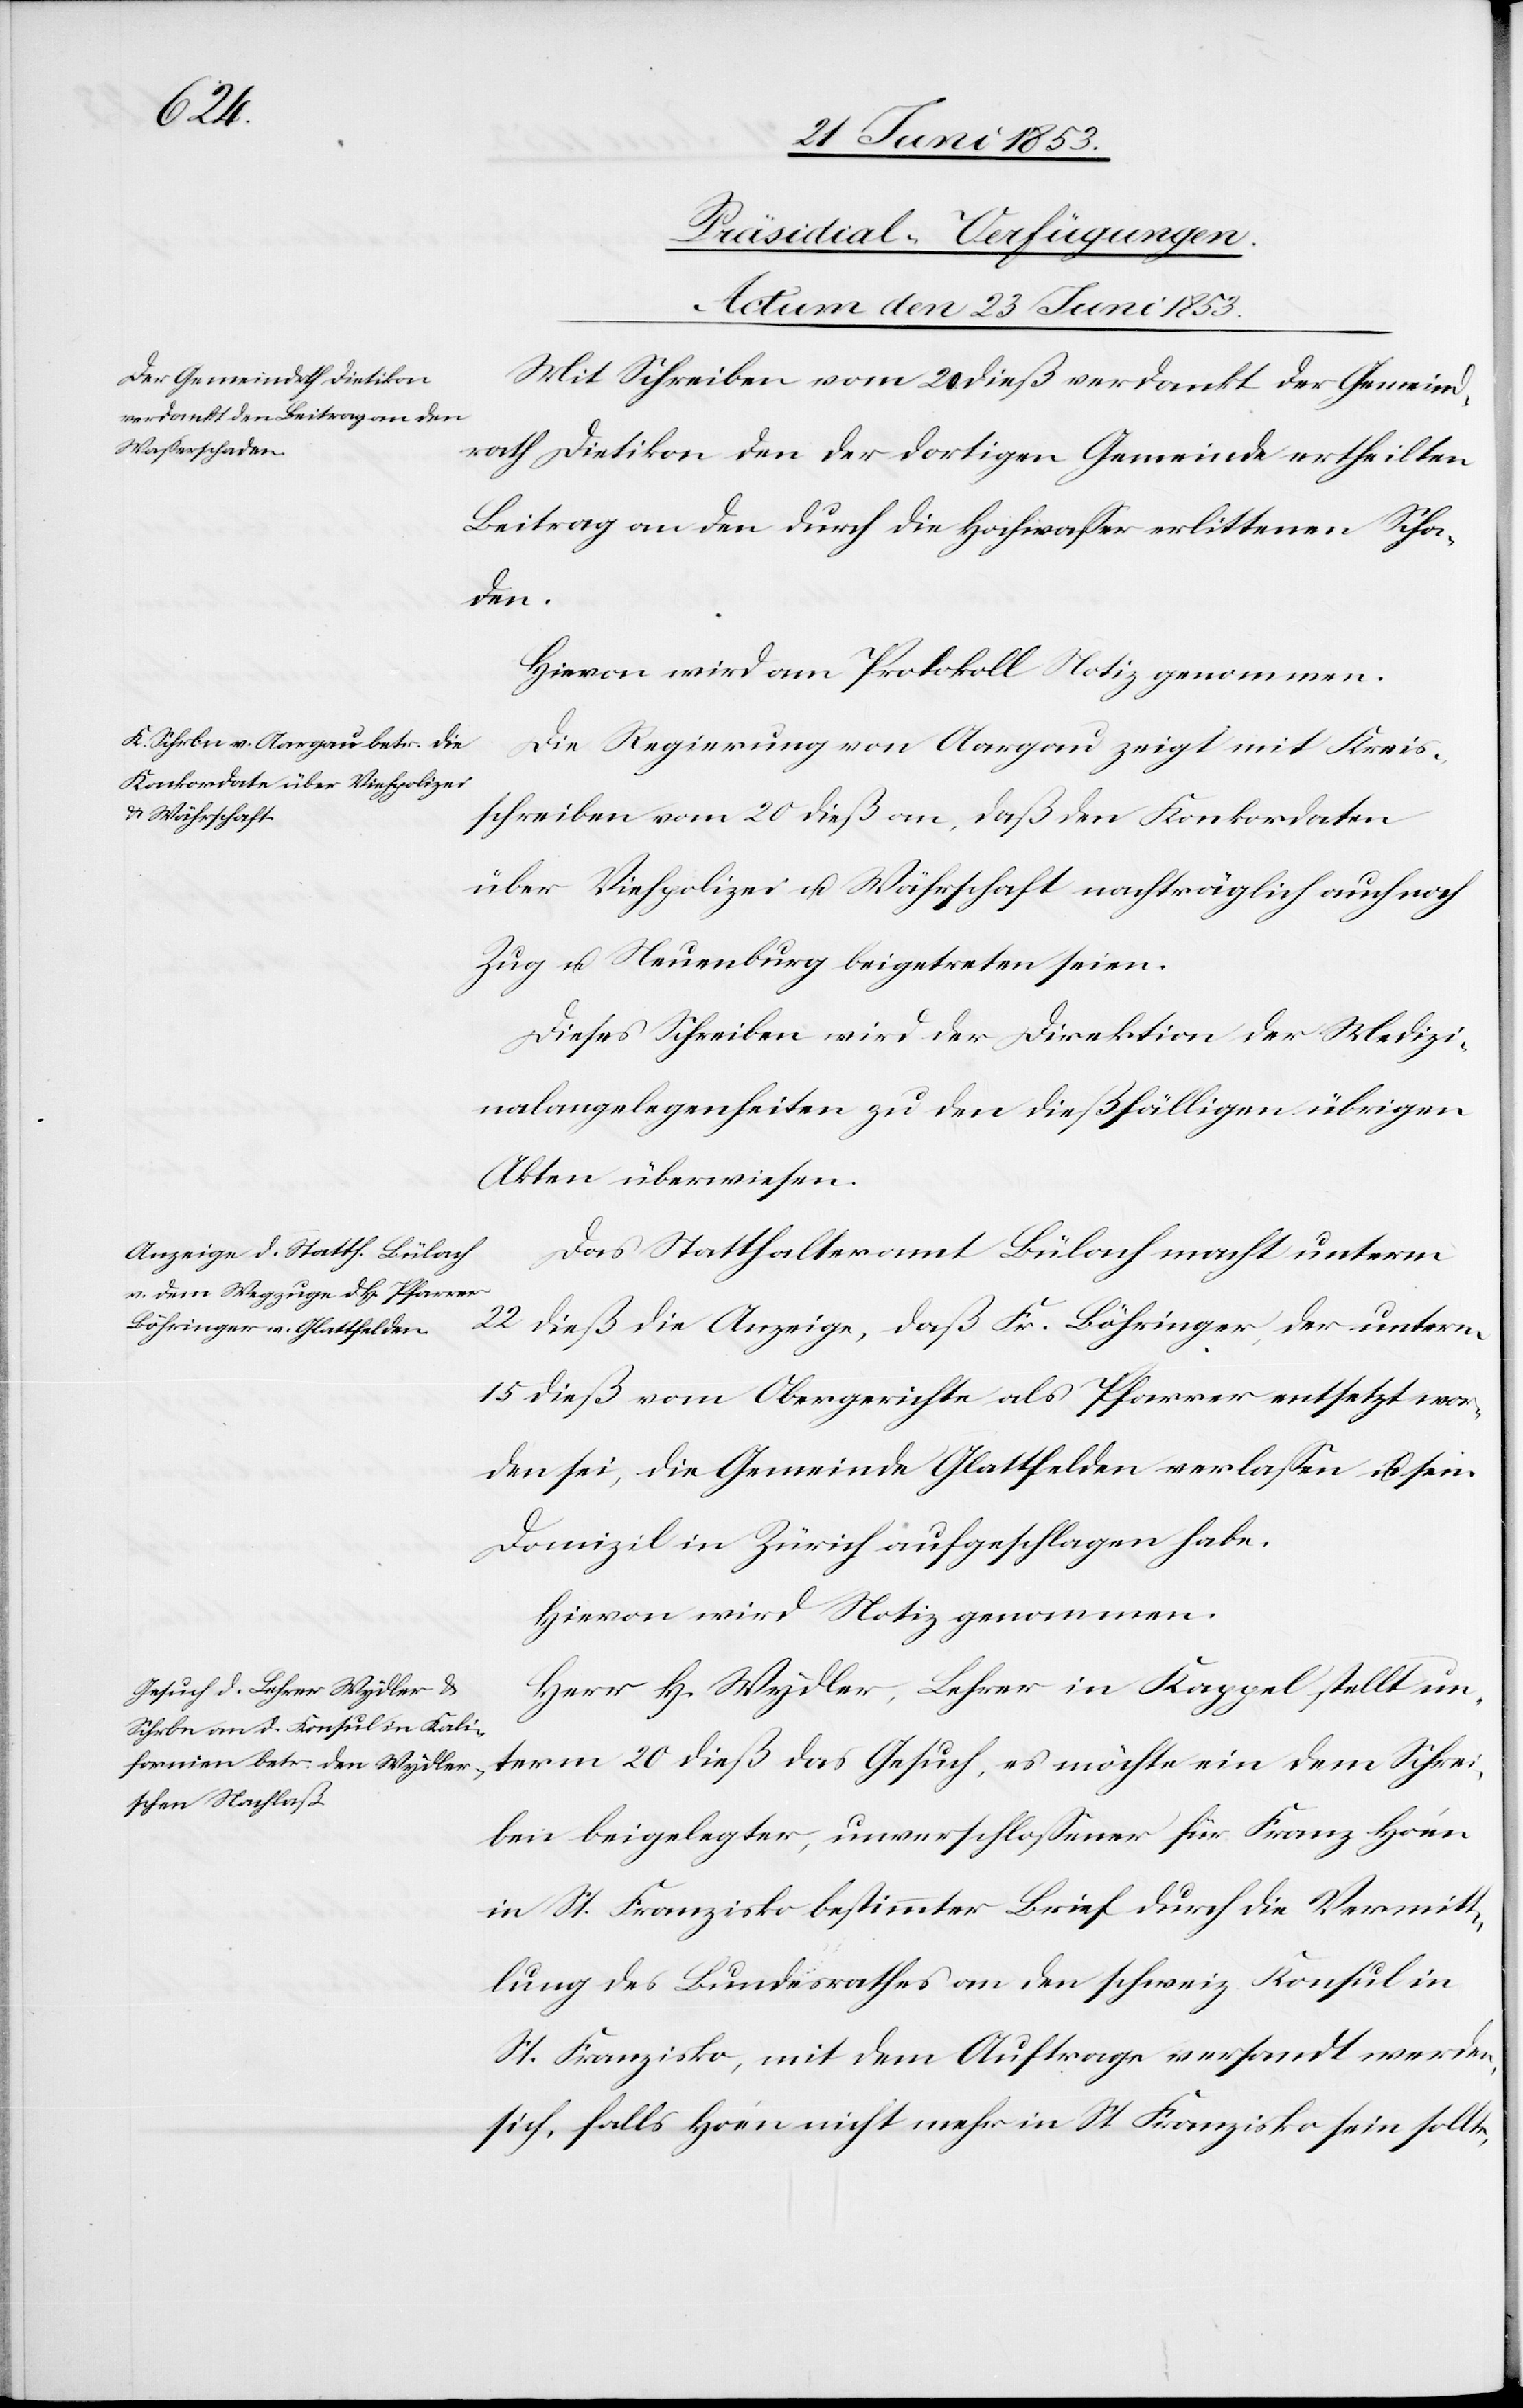
[Präsidial-Verfügungen.
Actum den 23 Juni 1853.]
Mit Schreiben vom 20 dieß verdankt der Gemeind¬
rath Dietikon den der dortigen Gemeinde ertheilten
Beitrag an den durch die Hochwaßer erlittenen Scha¬
den.
Hievon wird am Protokoll Notiz genommen.
Die Regierung von Aargau zeigt mit Kreis¬
schreiben vom 20 dieß an, daß den Konkordaten
über Viehpolizei u. Währschaft nachträglich auch noch
Zug u. Neuenburg beigetreten seien.
Dieses Schreiben wird der Direktion der Medizi¬
nalangelegenheiten zu den dießfälligen übrigen
Akten überwiesen.
Das Statthalteramt Bülach macht unterm
22 dieß die Anzeige, daß Fr. Böhringer, der unterm
15 dieß vom Obergerichte als Pfarrer entsetzt wor¬
den sei, die Gemeinde Glattfelden verlaßen u. sein
Domizil in Zürich aufgeschlagen habe.
Hievon wird Notiz genommen.
Herr H. Wydler, Lehrer in Kappel stellt un¬
term 20 dieß das Gesuch, es möchte ein dem Schrei¬
ben beigelegter, unverschloßener für Franz Hoén
in St. Franzisko bestimmter Brief durch die Vermitt¬
lung des Bundesrathes an den schweiz. Konsul in
St. Franzisko, mit dem Auftrage versendet werden,
sich, falls Hoén nicht mehr in St. Franzisko sein sollte,